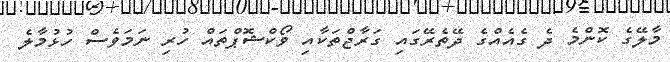
މާލޭގެ ކޮންމެ ދެ ގެއެއްގެ ދޭތެރޭގައި ގަރާޖްތަކާއި ވޯކްޝޮޕްތައް ހުރި ނަމަވެސް ހުޅުމާލެ